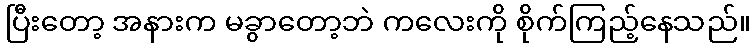
ပြီးတော့ အနားက မခွာတော့ဘဲ ကလေးကို စိုက်ကြည့်နေသည်။